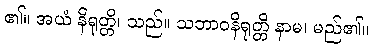
၏။ အယံ နိရုတ္တိ၊ သည်။ သဘာဝနိရုတ္တိ နာမ၊ မည်၏။